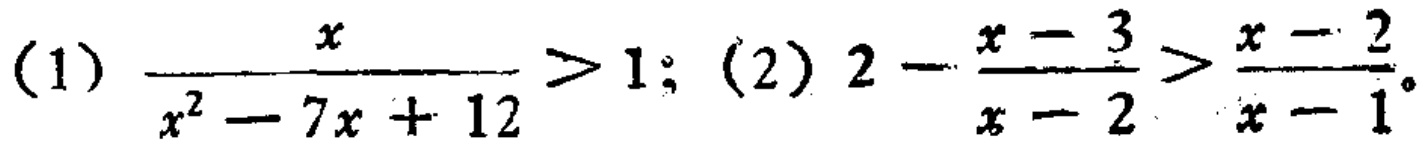
(1) \(\frac{x}{x^{2}-7x + 12}>1\); (2) \(2-\frac{x - 3}{x - 2}>\frac{x - 2}{x - 1}\)